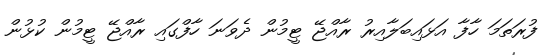
ފުރަތަމަ ހާފާ އަޅައިބަލާއިރު ރާއްޖޭ ޓީމުން ދެވަނަ ހާފްގައި ރާއްޖޭ ޓީމުން ކުޅުން